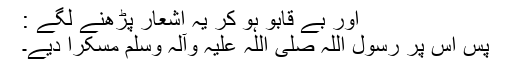
اور بے قابو ہو کر یہ اشعار پڑھنے لگے :
پس اس پر رسول اللہ صلی اللہ علیہ وآلہ وسلم مسکرا دیے۔